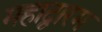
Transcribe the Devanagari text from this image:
महाद्वारम